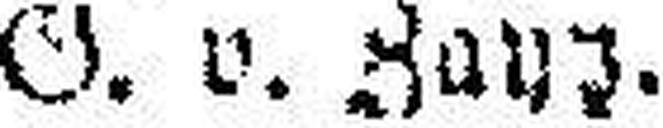
G. v. Zay##.